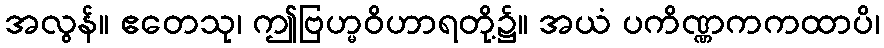
အလွန်။ ဧတေသု၊ ဤဗြဟ္မဝိဟာရတို့၌။ အယံ ပကိဏ္ဏကကထာပိ၊